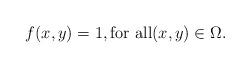
LaTeX: \begin{align*} f(x, y) = 1, \mbox{for all} (x,y) \in \Omega.\end{align*}